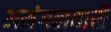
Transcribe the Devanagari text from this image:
अमंगलहारी